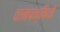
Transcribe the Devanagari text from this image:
वामपक्षियों